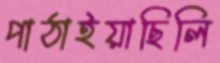
পাঠাইয়াছিলি